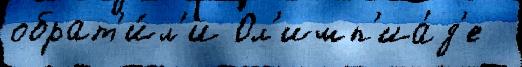
обрат'и́л'и Ол'имп'иа́д'е